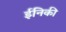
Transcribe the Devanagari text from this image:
ईनिकी